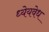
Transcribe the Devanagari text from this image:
ध्येयवेध